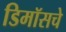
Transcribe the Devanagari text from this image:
डिमॉसचे